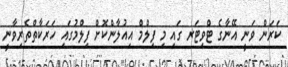
ކަރަން ވަނީ އޭނާގެ ޓްވިޓަރ ގައި މި ފިލްމް އިއުލާންކޮށް ފިލްމުގައި ހަރަކާތްތެރިވާނީ